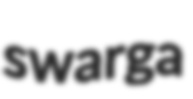
swarga